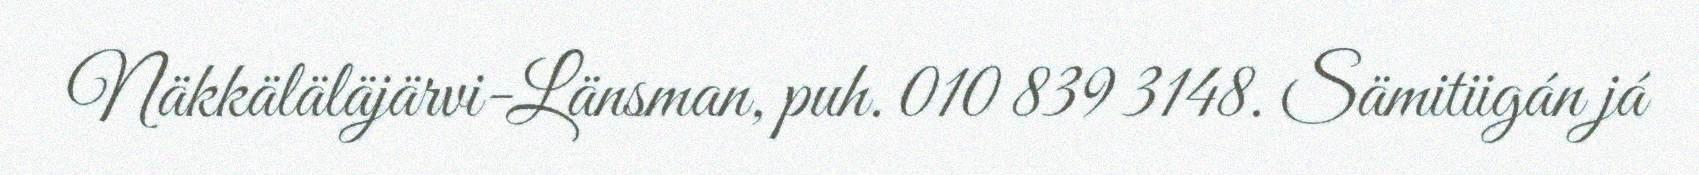
Näkkäläläjärvi-Länsman, puh. 010 839 3148. Sämitiigán já